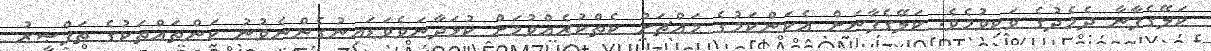
ކަލޭގެފާނާ ދެމެދުގެ ވަކިވުމެވެ. ކަލޭގެފާނަށް އެކަންކަމުގެ މައްޗަށް ކެތްކުރެއްވުމަށް ކުޅަދާނަވެވަޑައިނުގެންނެވުނު ކަންތައްތަކުގެ ތަފްޞީރު